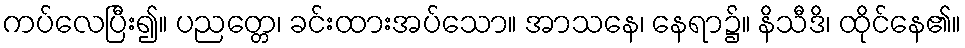
ကပ်လေပြီး၍။ ပညတ္တေ၊ ခင်းထားအပ်သော။ အာသနေ၊ နေရာ၌။ နိသီဒိ၊ ထိုင်နေ၏။